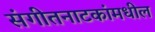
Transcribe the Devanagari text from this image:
संगीतनाटकांमधील